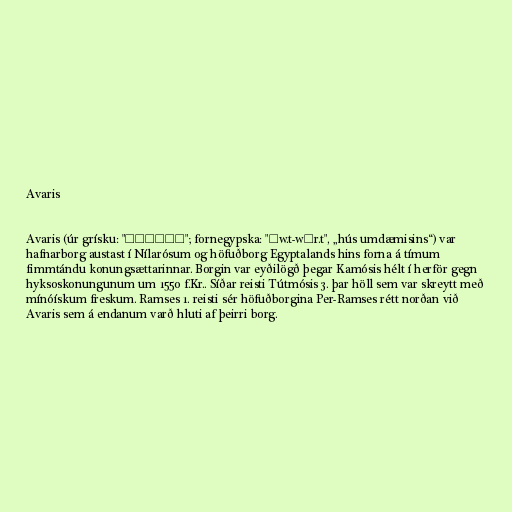
Avaris

Avaris (úr grísku: "αυαρις"; fornegypska: "ḥw.t-wˁr.t", „hús umdæmisins“) var
hafnarborg austast í Nílarósum og höfuðborg Egyptalands hins forna á tímum
fimmtándu konungsættarinnar. Borgin var eyðilögð þegar Kamósis hélt í herför gegn
hyksoskonungunum um 1550 f.Kr.. Síðar reisti Tútmósis 3. þar höll sem var skreytt með
mínóískum freskum. Ramses 1. reisti sér höfuðborgina Per-Ramses rétt norðan við
Avaris sem á endanum varð hluti af þeirri borg.